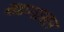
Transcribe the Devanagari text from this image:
ख़ानाबल